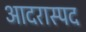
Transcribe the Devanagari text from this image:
आदरास्पद